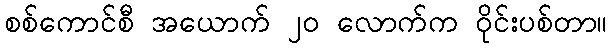
စစ်ကောင်စီ အယောက် ၂၀ လောက်က ဝိုင်းပစ်တာ။